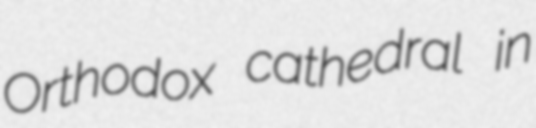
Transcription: Orthodox cathedral in